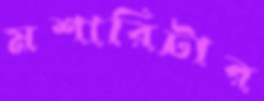
মশারিটার